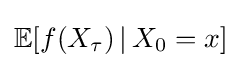
\mathbb {E} [f(X_{\tau })\,|\,X_{0}=x]